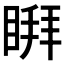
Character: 𱳄